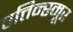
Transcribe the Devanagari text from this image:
एत्तिन्स्मूर